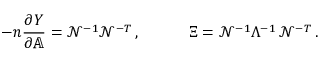
{ - } n \frac { \partial Y } { \partial \mathbb { A } } = \mathcal { N } ^ { - 1 } \mathcal { N } ^ { - T } \, , \quad \quad \quad \Xi = \mathcal { N } ^ { - 1 } \Lambda ^ { - 1 } \, \mathcal { N } ^ { - T } \, .